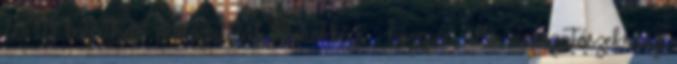
S TG beépíthető mosogatótál, homokbézs . közepén álló mosogatószekrény